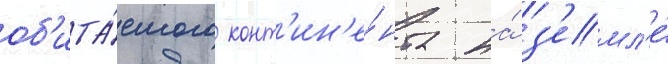
об'ита́емого конт'ин'е́нта на́ з'емл'е́